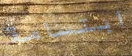
ابتسامة